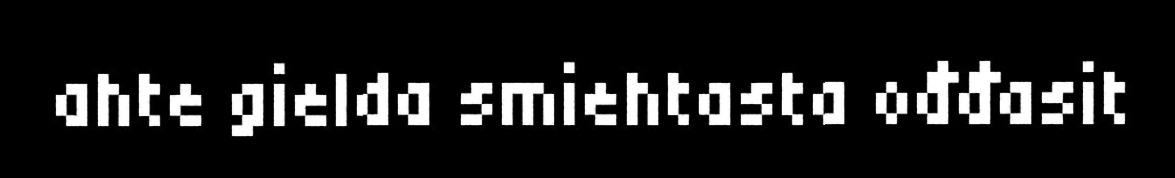
ahte gielda smiehtasta ođđasit